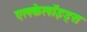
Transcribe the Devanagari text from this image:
एलकेलॉइड्स